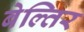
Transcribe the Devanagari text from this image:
बेल्तिर